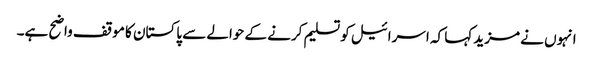
انہوں نے مزید کہا کہ اسرائیل کو تسلیم کرنے کے حوالے سے پاکستان کا موقف واضح ہے۔